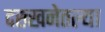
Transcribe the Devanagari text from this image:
दख्खनेतल्या